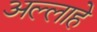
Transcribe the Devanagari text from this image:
अल्लाहे